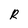
Character: R